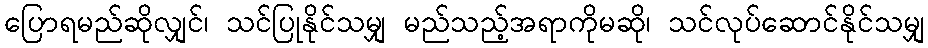
ပြောရမည်ဆိုလျှင်၊ သင်ပြုနိုင်သမျှ မည်သည့်အရာကိုမဆို၊ သင်လုပ်ဆောင်နိုင်သမျှ